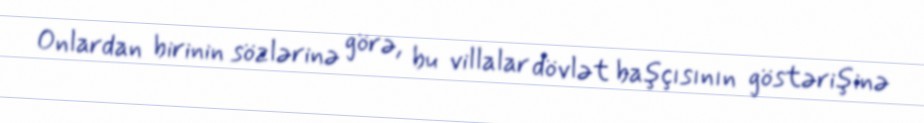
Onlardan birinin sözlərinə görə, bu villalar dövlət başçısının göstərişinə